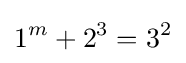
1^{m}+2^{3}=3^{2}